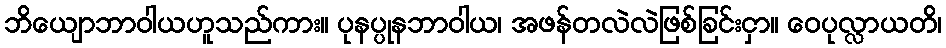
ဘိယျောဘာဝါယဟူသည်ကား။ ပုနပ္ပုနဘာဝါယ၊ အဖန်တလဲလဲဖြစ်ခြင်းငှာ။ ဝေပုလ္လာယတိ၊